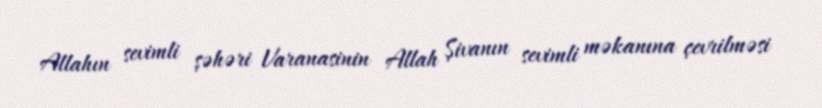
Allahın sevimli şəhəri Varanasinin Allah Şivanın sevimli məkanına çevrilməsi